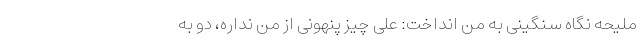
ملیحه نگاه سنگینی به من انداخت: علی چیز پنهونی از من نداره، دو به